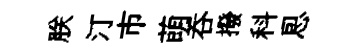
朕汀市萌吞撥科㤙